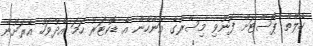
ހެލްތް ޕޯސްޓަށް ފޮނުވި މިސްރުގެ އަންހެން އެ ޑޮކްޓަރު ހަމަ އެދުވަހު އެރަށުން